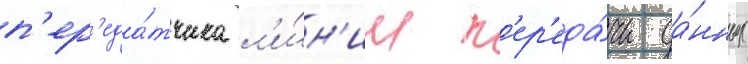
п'ер'еда́тчика л'и́н'ии п'ер'еда́чи да́нных